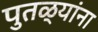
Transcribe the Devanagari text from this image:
पुतळ्यांना